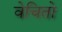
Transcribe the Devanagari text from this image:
वेचितो